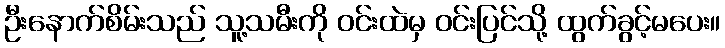
ဦးနောက်စိမ်းသည် သူ့သမီးကို ဝင်းထဲမှ ဝင်းပြင်သို့ ထွက်ခွင့်မပေး။